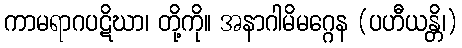
ကာမရာဂပဋိဃာ၊ တို့ကို။ အနာဂါမိမဂ္ဂေန (ပဟီယန္တိ၊)